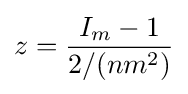
z={\frac {I_{m}-1}{2/(nm^{2})}}